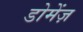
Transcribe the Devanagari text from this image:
डोमेंज़